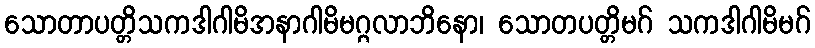
သောတာပတ္တိသကဒါဂါမိအနာဂါမိမဂ္ဂလာဘိနော၊ သောတပတ္တိမဂ် သကဒါဂါမိမဂ်